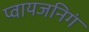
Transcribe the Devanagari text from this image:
प्वायजनिगं